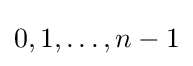
0,1,\ldots ,n-1